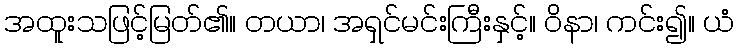
အထူးသဖြင့်မြတ်၏။ တယာ၊ အရှင်မင်းကြီးနှင့်။ ဝိနာ၊ ကင်း၍။ ယံ